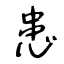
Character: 患